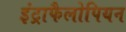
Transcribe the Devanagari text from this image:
इंट्राफैलोपियन